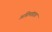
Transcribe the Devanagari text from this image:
अग्निमांद्यात